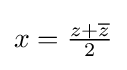
\textstyle x={\frac {z+{\overline {z}}}{2}}